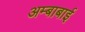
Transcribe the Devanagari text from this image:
अम्बाबाई